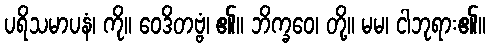
ပရိသမာပနံ၊ ကို။ ဝေဒိတဗ္ဗံ၊ ၏။ ဘိက္ခဝေ၊ တို့။ မမ၊ ငါဘုရား၏။